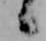
候